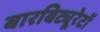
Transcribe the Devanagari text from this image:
बारबिट्यूरेटों